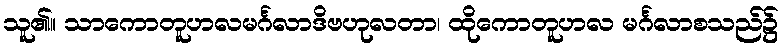
သူ၏။ သာကောတူဟလမင်္ဂလာဒိဗဟုလတာ၊ ထိုကောတူဟလ မင်္ဂလာစသည်၌